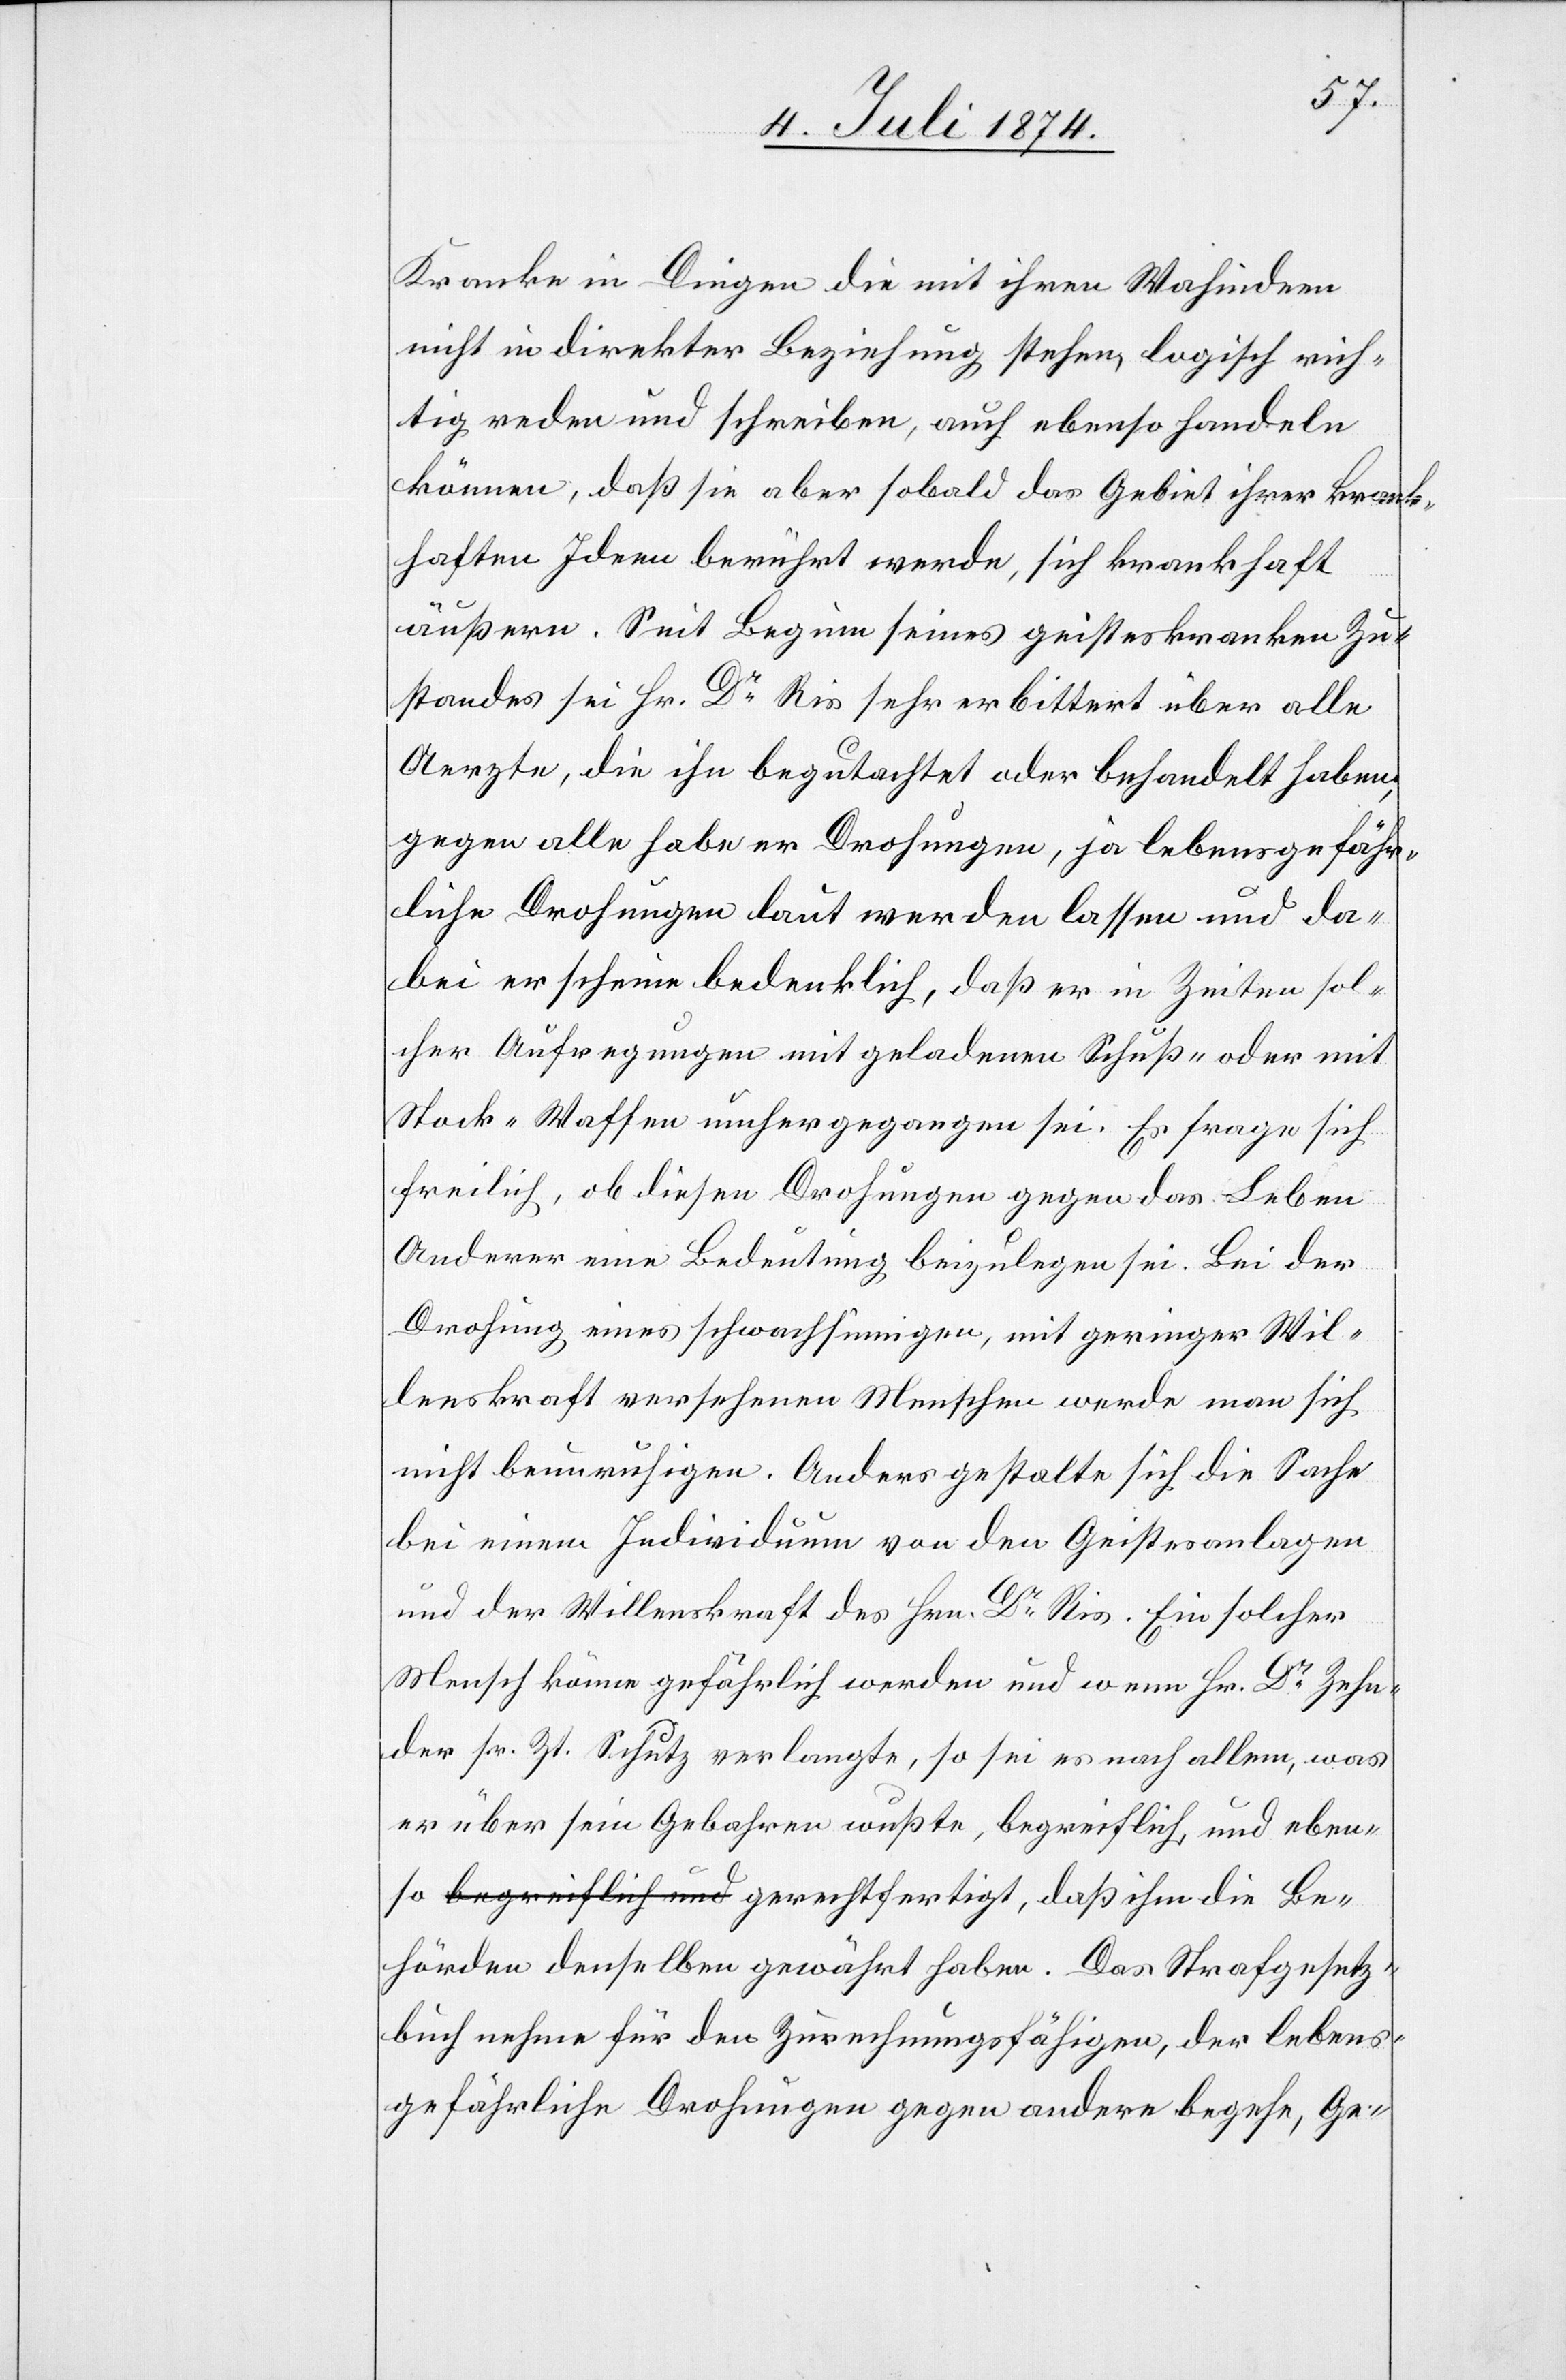
Kranke in Dingen die mit ihren Wahnideen
nicht in direkter Beziehung stehen logisch rich¬
tig reden und schreiben, auch ebenso handeln
können, daß sie aber sobald das Gebiet ihrer krank¬
haften Ideen berührt werde, sich krankhaft
äußern. Seit Beginn seines geisteskranken Zu¬
standes sei Hr. Dr Ris sehr erbittert über alle
Aerzte, die ihn begutachtet oder behandelt haben,
gegen alle habe er Drohungen, ja lebensgefähr¬
liche Drohungen laut werden lassen und da¬
bei erscheine bedenklich, daß er in Zeiten sol¬
cher Aufregungen mit geladenen Schuß- oder mit
Stock-Waffen umhergegangen sei. Es frage sich
freilich, ob diesen Drohungen gegen das Leben
Anderer eine Bedeutung beizulegen sei. Bei der
Drohung eines schwachsinnigen, mit geringer Wil¬
lenskraft versehenen Menschen werde man sich
nicht beunruhigen. Anders gestalte sich die Sache
bei einem Individuum von den Geistesanlagen
und der Willenskraft des Hrn. Dr Ris. Ein solcher
Mensch könne gefährlich werden und wenn Hr. Dr Zehn¬
der sr. Zt. Schutz verlangte, so sei es nach allem, was
er über sein Gebahren wußte, begreiflich, und ebenso
Behörden denselben gewährt haben. das Strafgesetz¬
buch nehme für den Zurechnungsfähigen, der lebens¬
gefährliche Drohungen gegen andere begehe, Ge-